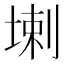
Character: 𱗌